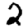
Digit: 2